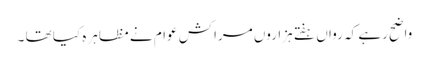
واضح رہے کہ رواں ہفتے ہزاروں مراکش عوام نے مظاہرہ کیا تھا ۔